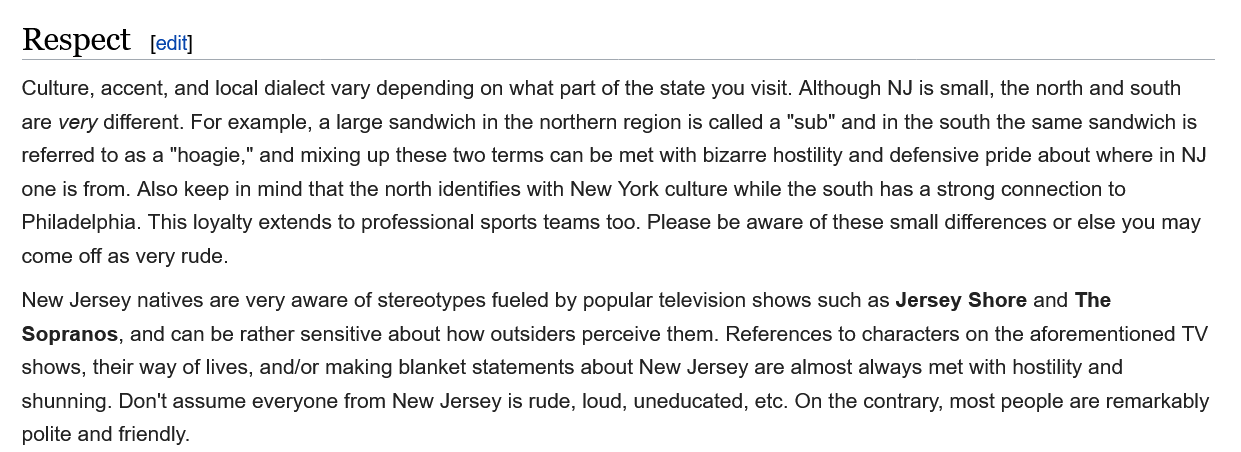
Respect    edit
   Culture, accent, and local dialect vary depending on what part of the state you visit. Although NJ is small, the north and south
   are very different. For example, a large sandwich in the northern region is called a "sub" and in the south the same sandwich is
   referred to as a "hoagie," and mixing up these two terms can be met with bizarre hostility and defensive pride about where in NJ
   one is from. Also keep in mind that the north identifies with New York culture while the south has a strong connection to
   Philadelphia. This loyalty extends to professional sports teams too. Please be aware of these small differences or else you may
   come off as very rude.
   New Jersey natives are very aware of stereotypes fueled by popular television shows such as Jersey Shore and The
   Sopranos, and can be rather sensitive about how outsiders perceive them. References to characters on the aforementioned T
   shows, their way of lives, and/or making blanket statements about New Jersey are almost always met with hostility and
   shunning. Don't assume everyone from New Jersey is rude, loud, uneducated, etc. On the contrary, most people are remarkak
   polite and friendly.